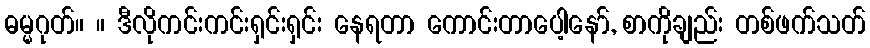
ဓမ္မဂုတ်။ ။ ဒီလိုကင်းကင်းရှင်းရှင်း နေရတာ ကောင်းတာပေါ့နော်, စာကိုချည်း တစ်ဖက်သတ်